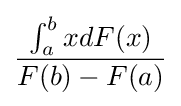
{\frac {\int _{a}^{b}xdF(x)}{F(b)-F(a)}}